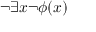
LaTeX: \neg \exists x \neg \phi ( x )